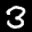
Label: 3